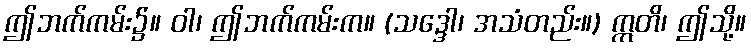
ဤဘက်ကမ်း၌။ ဝါ၊ ဤဘက်ကမ်းက။ (သဒ္ဒေါ၊ အသံတည်း။) ဣတိ၊ ဤသို့။